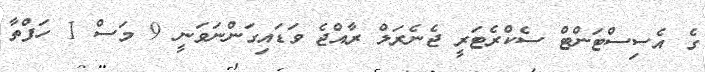
ގެ އެސިސްޓަންޓް ސެކްރެޓަރީ ޖެނެރަލް ރާއްޖެ ވަޑައިގަންނަވަނީ 9 މަސް 1 ހަފްތާ